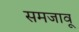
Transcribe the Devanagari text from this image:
समजावू